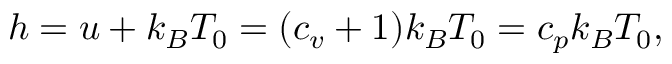
h = u + k _ { B } T _ { 0 } = ( c _ { v } + 1 ) k _ { B } T _ { 0 } = c _ { p } k _ { B } T _ { 0 } ,